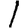
Digit: 1